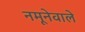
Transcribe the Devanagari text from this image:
नमूनेवाले